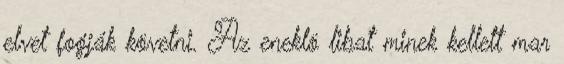
elvet fogják követni. Az eneklö libat minek kellett mar